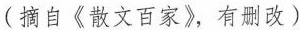
(摘自《散文百家》，有删减)